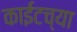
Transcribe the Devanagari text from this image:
काईटच्या